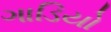
ગાડિયો